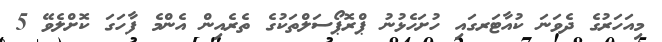
މިއަހަރުގެ ދެވަނަ ކުއާޓަރގައި ހުށަހެޅުނު ޕްރޮޕޯސަލްތަކުގެ ތެރެއިން އެންމެ ފާހަގަ ކޮށްލެވޭ 5